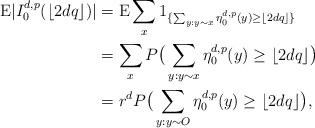
LaTeX: \begin{align*}{\rm E}|I_0^{d,p}(\lfloor2dq\rfloor)|&={\rm E}\sum_x1_{\{\sum_{y:y\sim x}\eta_0^{d,p}(y)\geq \lfloor2dq\rfloor\}}\\&=\sum_xP\big(\sum_{y:y\sim x}\eta_0^{d,p}(y)\geq\lfloor2dq\rfloor\big)\\&=r^dP\big(\sum_{y:y\sim O}\eta_0^{d,p}(y)\geq\lfloor2dq\rfloor\big),\end{align*}